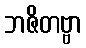
ဘဇိတဗ္ဗာ